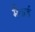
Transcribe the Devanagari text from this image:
मैगार्ड